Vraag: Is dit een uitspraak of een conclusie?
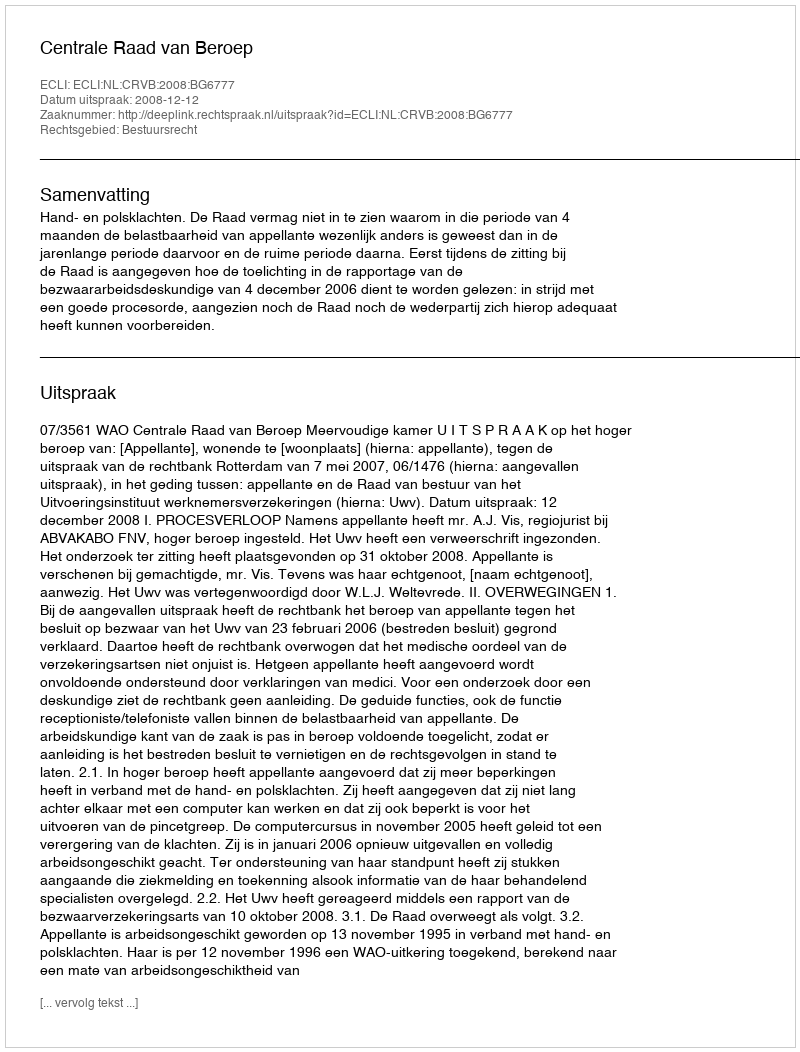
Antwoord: Uitspraak